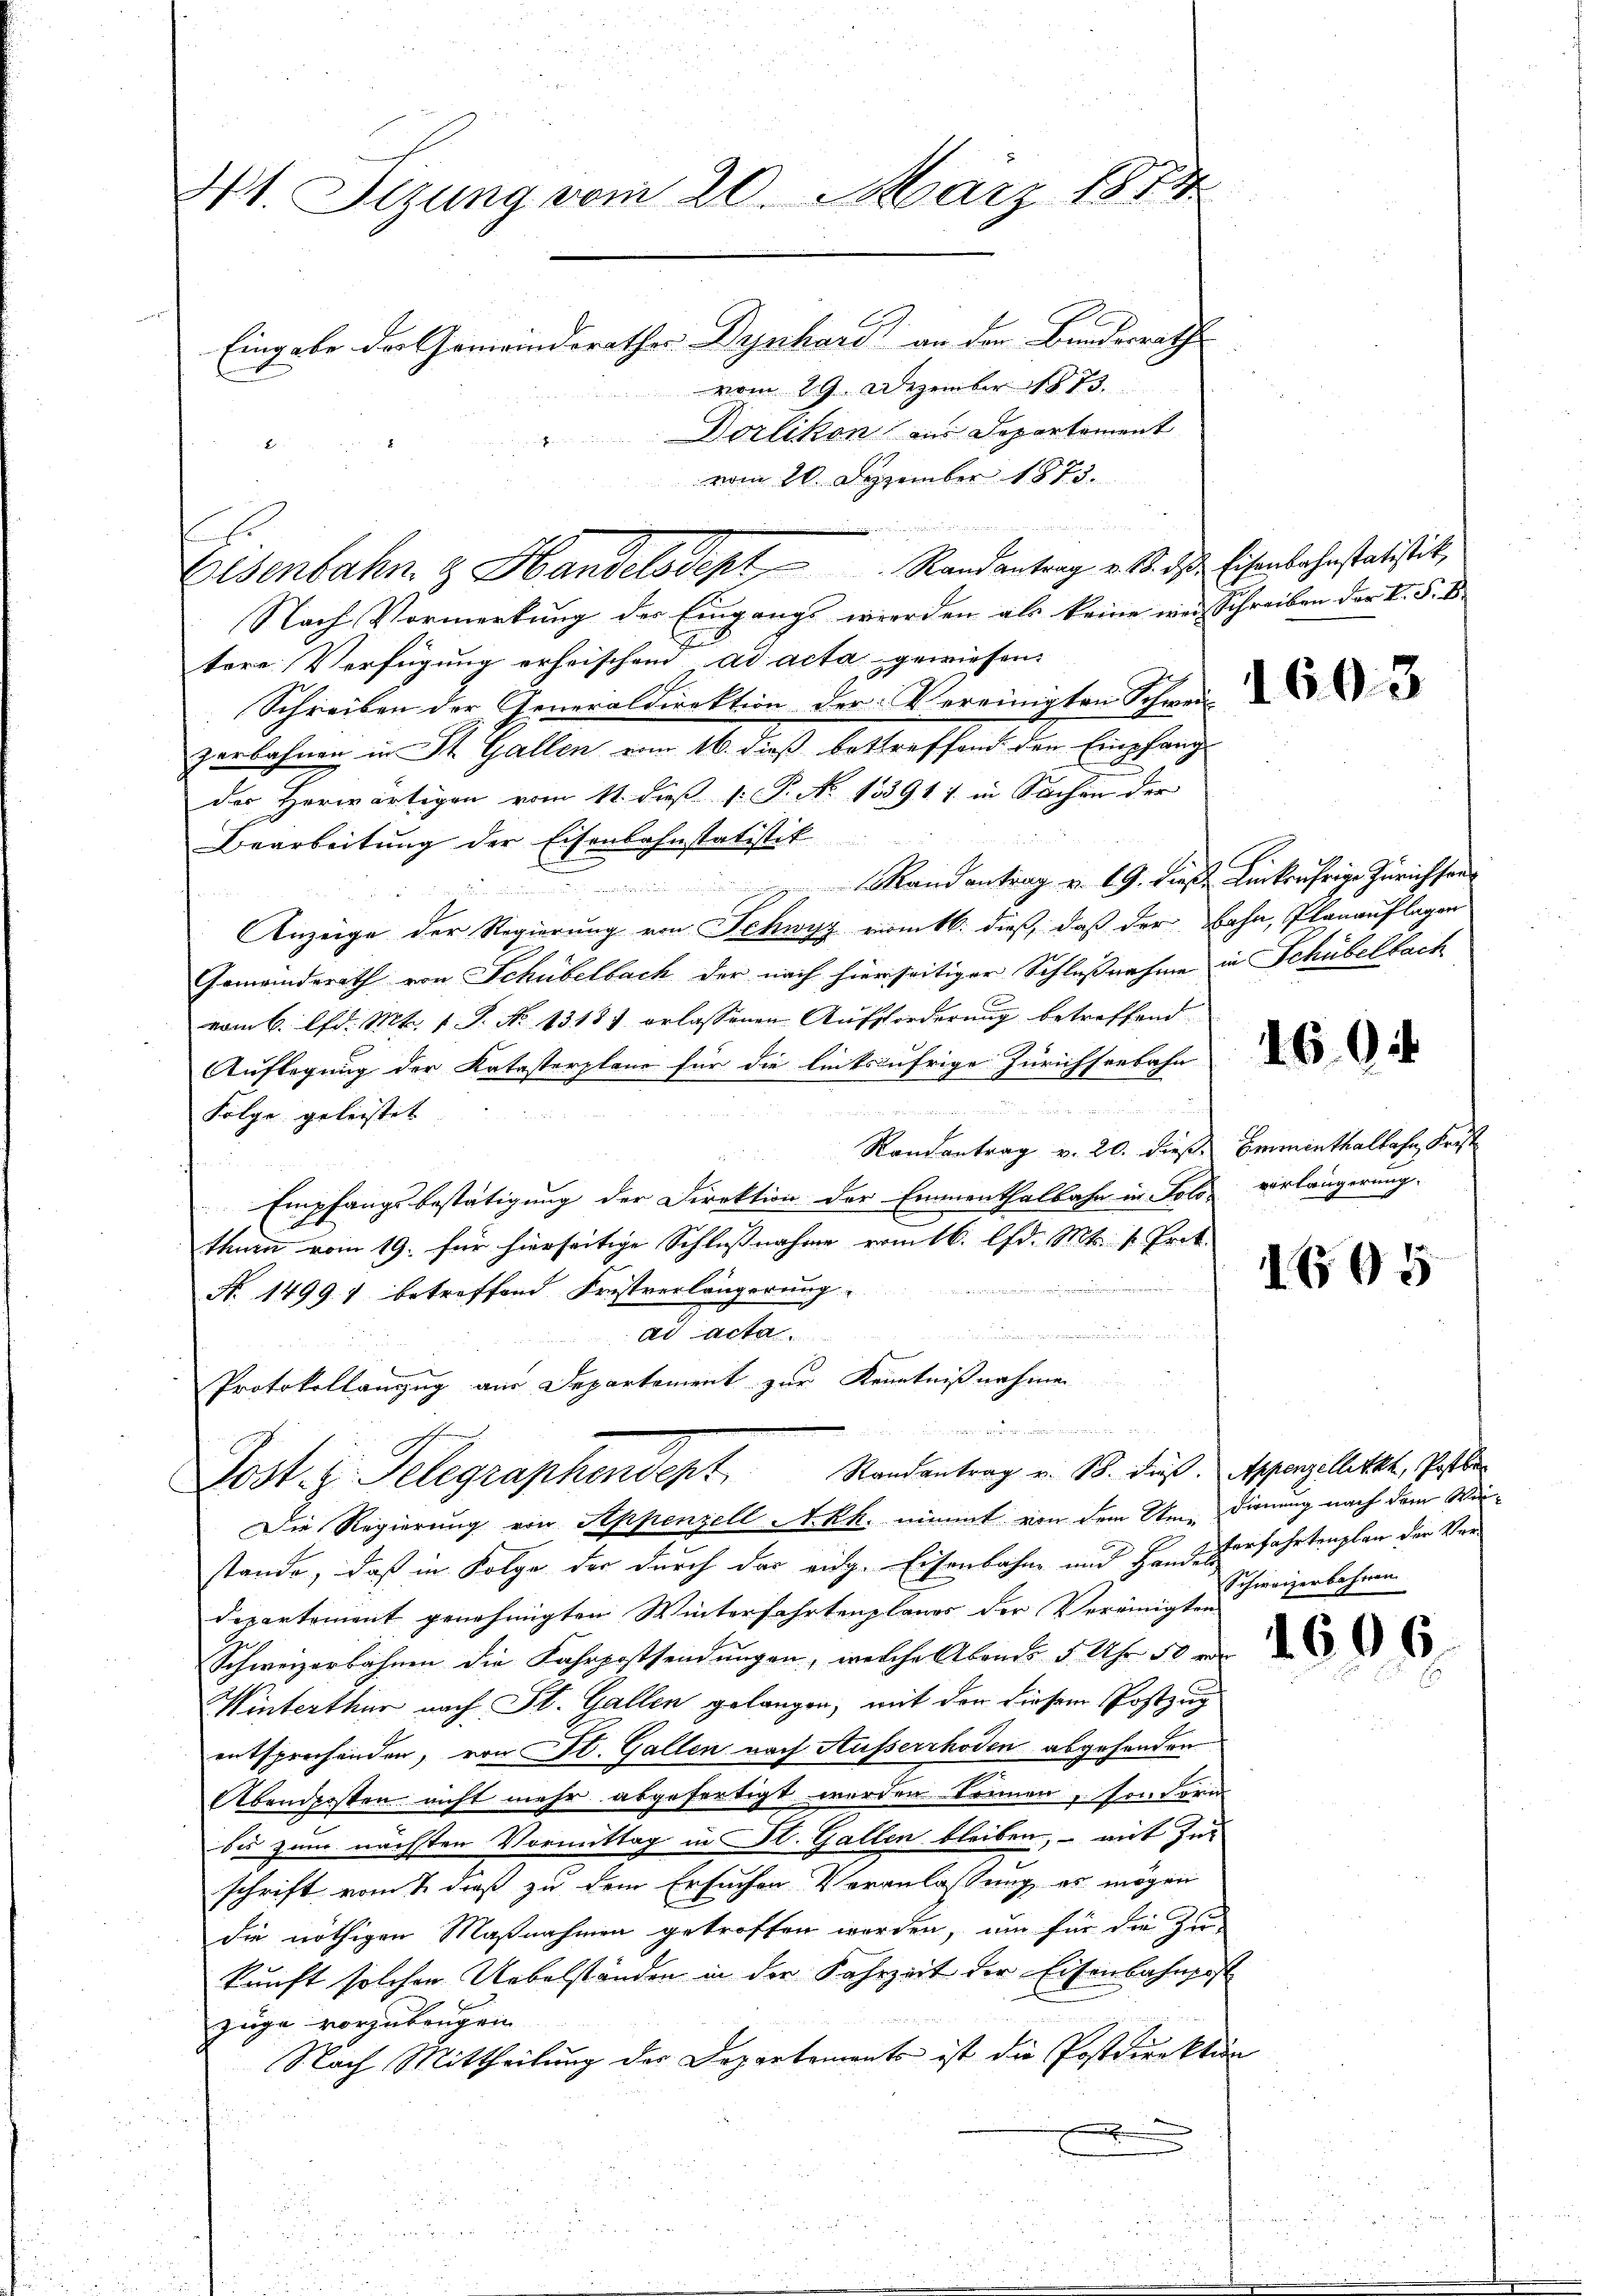
4t. Sizung vom 20. März 1874
Eingabe der Gemeindesrather Dynhard an der Bundesrath
vom 29. Dezember 1873.
Dorlikon aus Departement

Eisenbahn z. Handelsdept Randantrag es se

it an eingen, wünschen
Post. z. Telegraphendent Randantrag in B. dus. Appenzelletet, Pete
Die Regierung von Appenzell Akk. nimmt von dem Um-dienung nach dem Win¬

vom 20. Dezember 1873.

  , in die einen
Nach Vormerkung der Eingangs werden als keine wei-
tere Verfügung erheischend ad acta gewiesen.
Schreiben der Generaldirektion der Vereinigten Schwei
zerbahnen in St. Gallen vom 16. dieß betreffend den Empfang
der Herwärtigen vom 11. dieß P. P. N. 133917 in Sachen der
Bearbeitung der Eisenbahnstatistik
Rand antrag v. 19. die Linkufrige Zürichten
Anzeige der Regierung von Schwyz vom 16. dieß, daß der Bahn, Planauflagen
Gemeinderath von Schübelbach der nach hierseitiger Schlußnahme
vom 6. d. Mt. 1 S. N. 13187 erlassenen Aufforderung betreffend
Auflegung der Katasterplane für die linksufrige Zürichseebahn
 h i n g e g wir namen wir in einen einen
Folge geleistet
Randantrag v. 20. dieß.
Empfangsbestätigung der Direktion der Emmenthalbahn in Solo-
thurn vom 19. für hierseitige Schlußnahme vom 16. lfd. Mts. v. Prot.
i
N. 1499. 7 betreffend Fristverlängerung
ad acta.

Protokollanzug aus Departement zur Kenntnißnahmen

Eisenbahnstatistik,
Schreiben der L. S. 8

stande, daß in Folge der durch der eige Eisenbahne und Handesverfahrtenplan der Verdepartement genehmigten Winterfahrtenplanos der Vereinigten
Schweizerbahnen die Fahrpostsendŭngen, welche Abende 5 Uhr 50 r.
Winterthur nach St. Gallen gelangen, mit den diesem Postzug
entsprechenden, von St. Gallen nach Ausserrhoden abgefanden
Abendposten nicht mehr abgefertigt werden können, sondern
bis zum nächsten Vormittag in St. Gallen bleiben, – mit Zuschrift vom & dieß zu dem Ersuchen Veranlassung es mögen
die nöthigen Maßnahmen getroffen worden, um für die Zu-
kunft solchen Uebelständen in der Fahrzeit der Eisenbahnpost

züge vorzubeugen
Nach Mittheilung der Departements ist die Postdirektion
.
x

1603

in Schübelbach

1604

Emminthalbahn, Krust
verlängerung.

1695

Schweizerbahnen